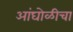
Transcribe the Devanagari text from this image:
आंघोळीचा